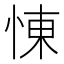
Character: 𢛔